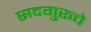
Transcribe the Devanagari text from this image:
सदगुरूचे